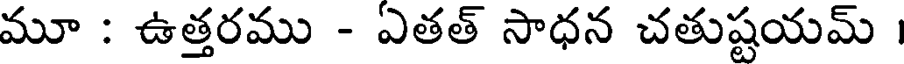
మూ : ఉత్తరము - ఏతత్ సాధన చతుష్టయమ్